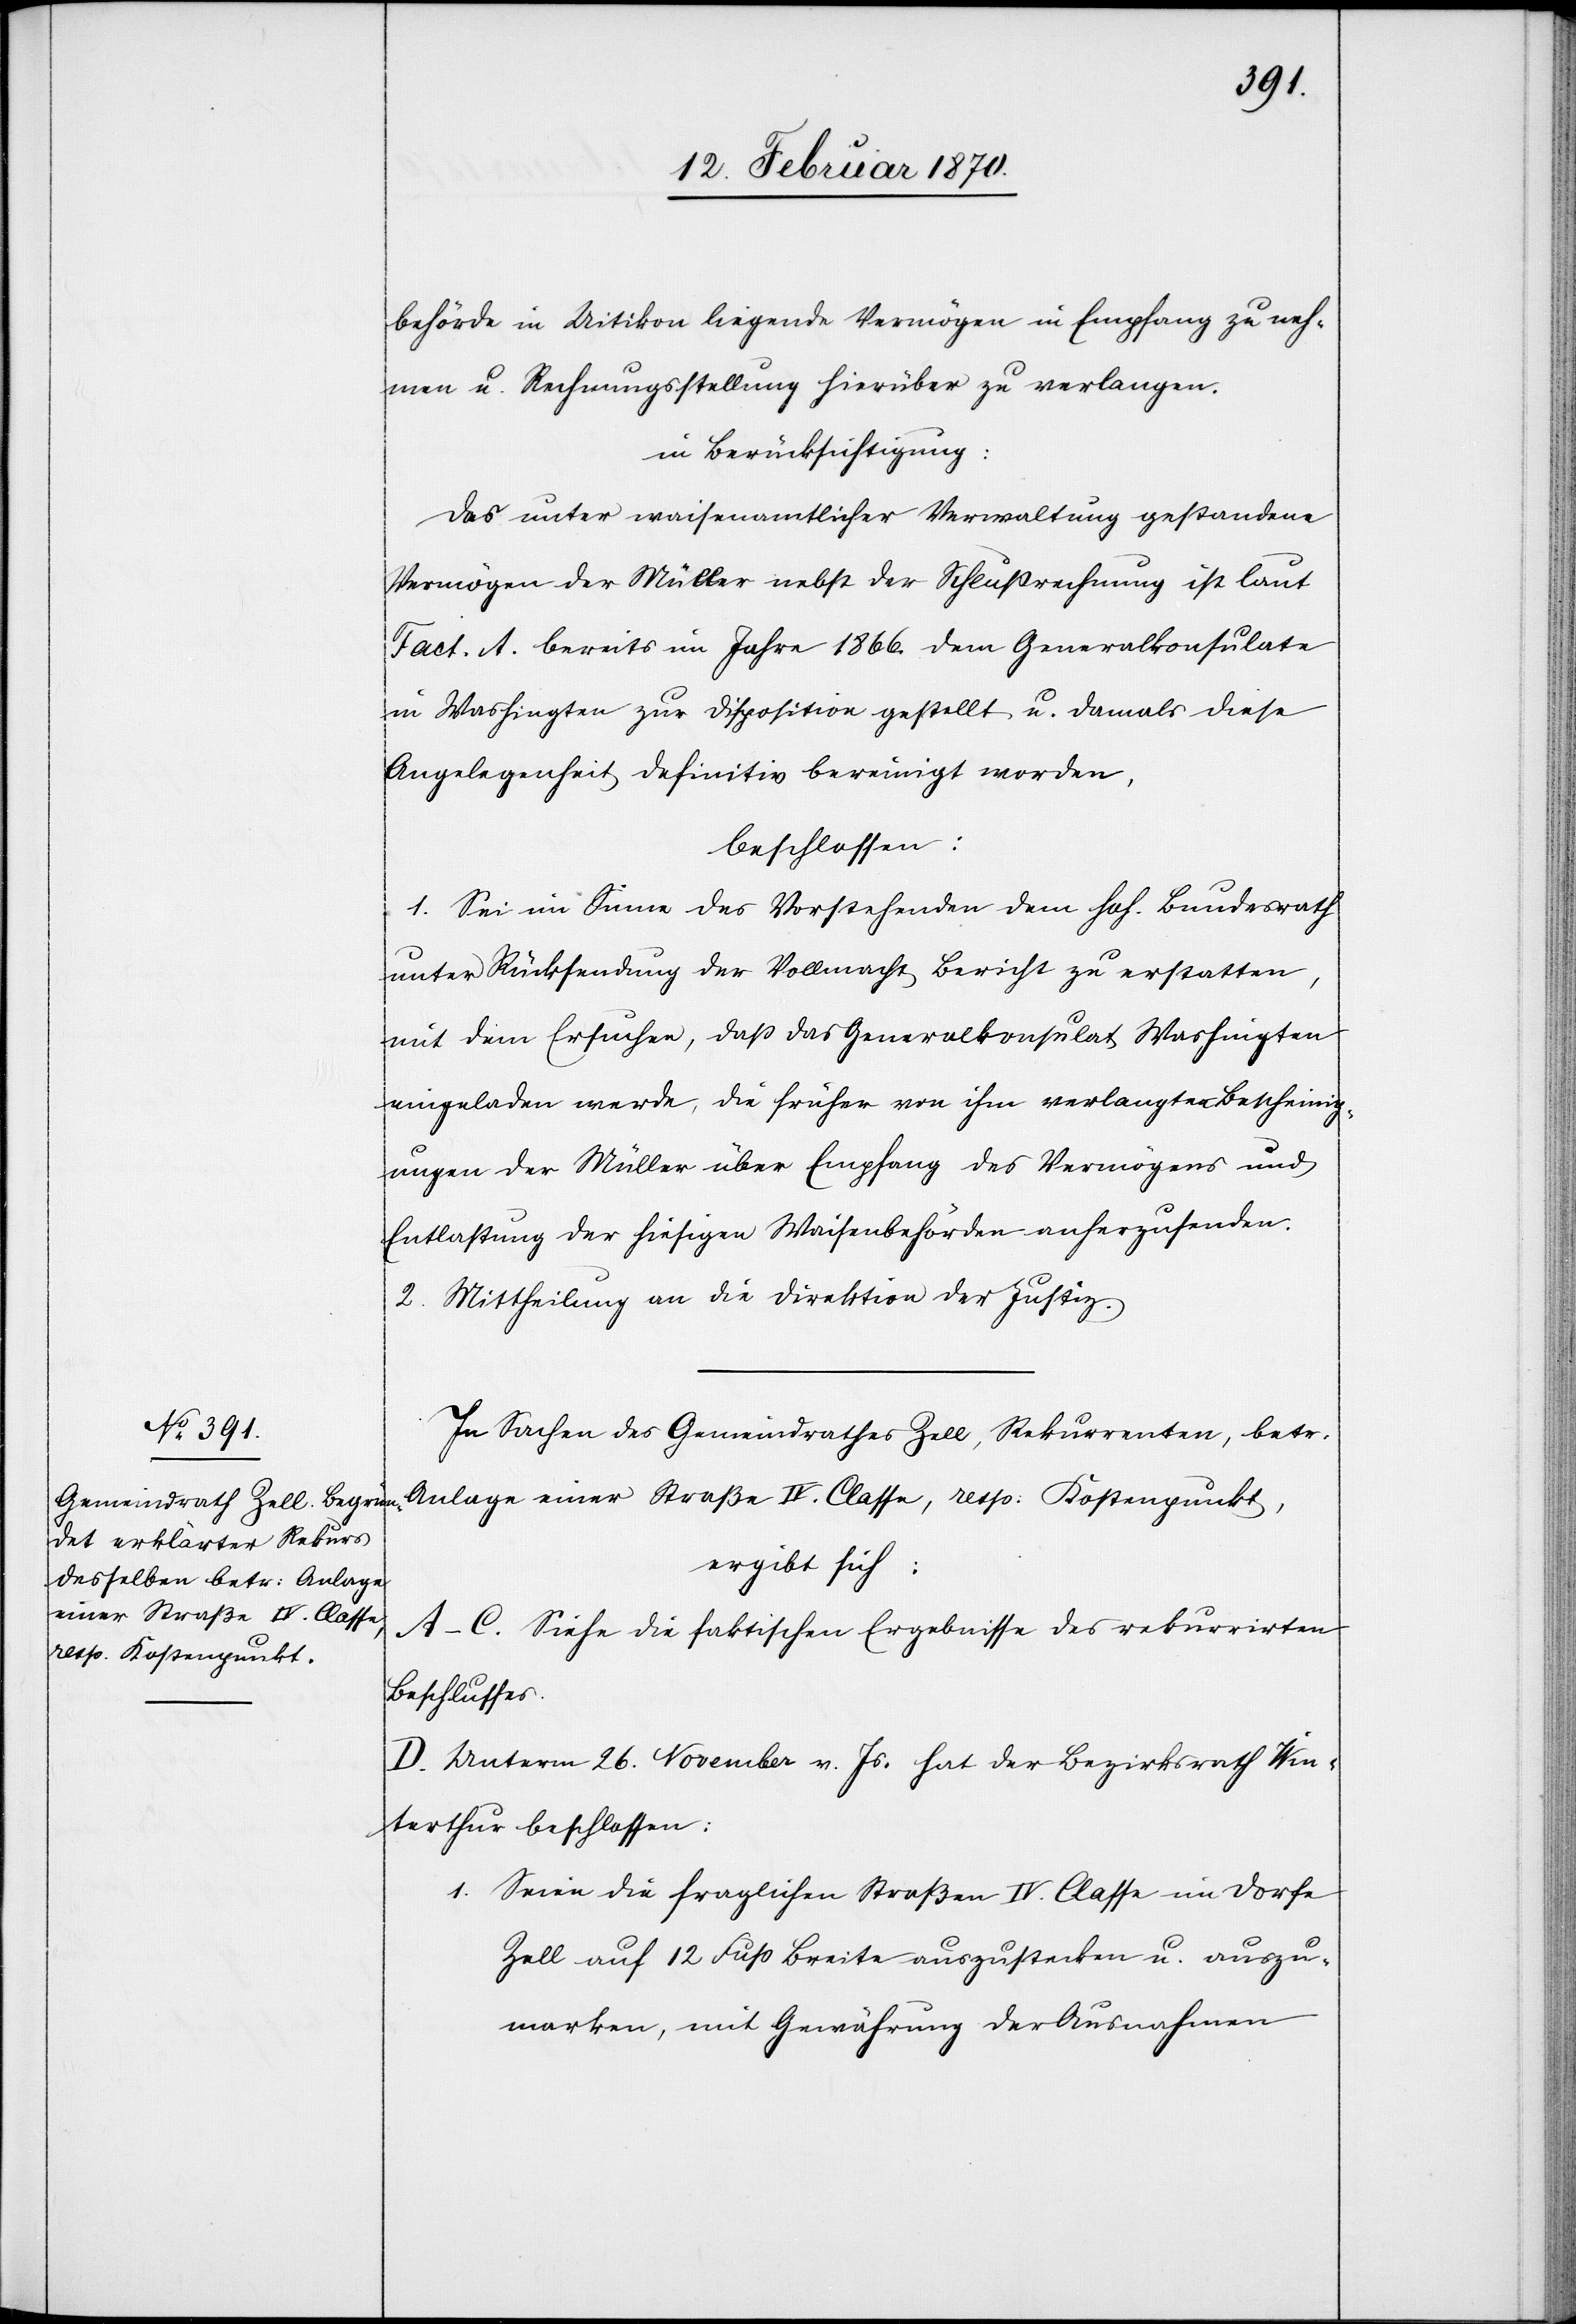
hörde in Uitikon liegende Vermögen in Empfang zu neh¬
men u. Rechnungsstellung hierüber zu verlangen.
in Berücksichtigung:
Das unter waisenamtlicher Verwaltung gestandene
Vermögen der Müller nebst der Schlußrechung ist laut
Fact. A. bereits im Jahre 1866. dem Generalkonsulate
in Washington zur Disposition gestellt u. damals diese
Angelegenheit definitiv bereinigt worden,
beschlossen:
1. Sei im Sinne des Vorstehenden dem hoh. Bundesrath
unter Rücksendung der Vollmacht Bericht zu erstatten,
mit dem Ersuchen, dass das Generalkonsulat Washingten
eingeladen werde, die früher von ihm verlangten Bescheinig¬
ungen der Müller über Empfang des Vermögens und
Entlastung der hiesigen Waisenbehörden anherzusenden.
2. Mittheilung an die Direktion der Justiz.
In Sachen des Gemeindrathes Zell, Rekurrenten, betr.
Anlage einer Straße IV. Classe, resp: Kostenpunkt,
ergibt sich:
A.–C. Siehe die faktischen Ergebnisse des rekurrirten
Beschlusses.
D. Unterm 26. November v. Js. hat der Bezirksrath Win¬
terthur beschlossen:
1. Seien die fraglichen Straßen IV. Classe im Dorfe
Zell auf 12 Fuss Breite auszustecken u. auszu¬
marken, mit Gewährung der Ausnahmen